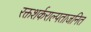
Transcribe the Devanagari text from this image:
रक्तशर्कराल्पताजनित